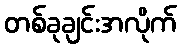
တစ်ခုချင်းအလိုက်